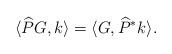
LaTeX: \begin{align*} \langle \widehat{P}G, k \rangle = \langle G, \widehat{P}^*k\rangle. \end{align*}